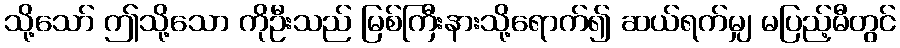
သို့သော် ဤသို့သော ကိုဦးသည် မြစ်ကြီးနားသို့ရောက်၍ ဆယ်ရက်မျှ မပြည့်မီတွင်